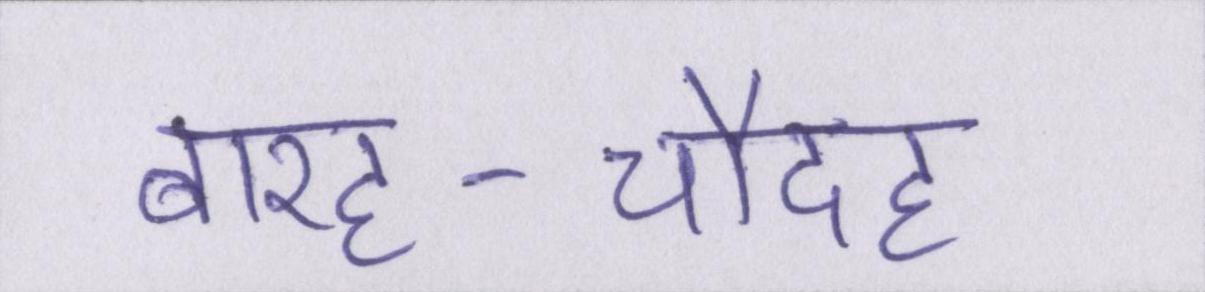
बारह-चौदह